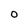
Character: O